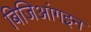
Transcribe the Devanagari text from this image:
बिजिआंगइन